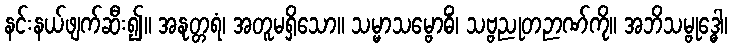
နင်းနယ်ဖျက်ဆီး၍။ အနုတ္တရံ၊ အတူမရှိသော။ သမ္မာသမ္ဗောဓိံ၊ သဗ္ဗညုတဉာဏ်ကို။ အဘိသမ္ဗုဒ္ဓေါ၊